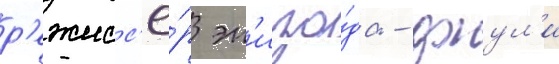
р'ежисс'ё́р эп'изо́да - джул'и